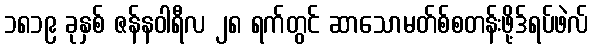
၁၈၁၉ ခုနှစ် ဇန်နဝါရီလ ၂၈ ရက်တွင် ဆာသောမတ်စ်စတန်းဖို့ဒ်ရပ်ဖဲလ်